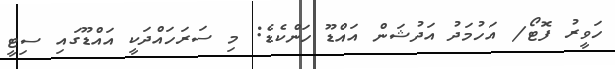
ހަވީރު ފޮޓޯ/ އަހުމަދު އަދުޝަން އައްޑޫ ހަންކެޑެ: މި ސަރަހައްދަކީ އައްޑޫގައި ސިޓީ